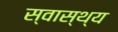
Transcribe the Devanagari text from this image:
स्‍वास्‍थ्य